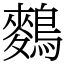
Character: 𪄳